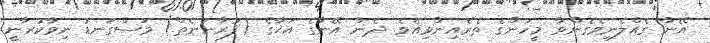
އޭނާ ގެއްލެނިވެގެންވާ މީހުންގެ ތެރެއިންވިއެވެ. ދެން އޭނާގެ އަޚާގެ (ފުރާނަނެތް) މަސްގަނޑު ނިވާކުރާނީ